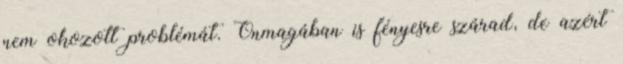
nem okozott problémát. Önmagában is fényesre szárad, de azért